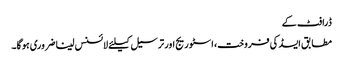
ڈرافٹ کے
مطابق ایسڈ کی فروخت، اسٹوریج اور ترسیل کیلئے لائسنس لینا ضروری ہوگا۔